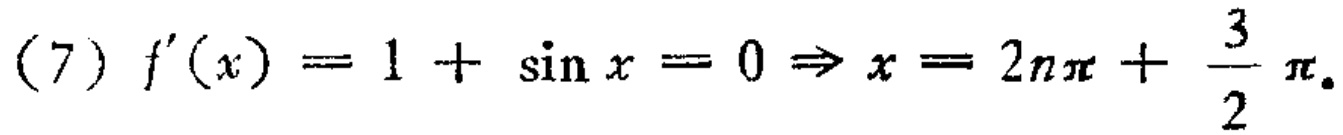
\((7) f^{\prime}(x)=1 + \sin x = 0 \Rightarrow x = 2n\pi+\frac{3}{2}\pi.\)